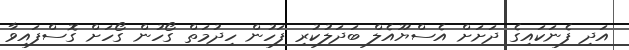
އަދި ފެނަކައިގެ ދަށަށް އެސްޔޫއެލް ބަދަލުކުރި ފަހުން ހިދުމަތް ގޯހުން ގޯހަށް ގޮސްފައިވާ